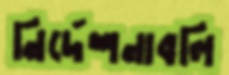
নির্দেশনাবলি